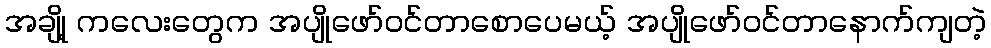
အချို့ ကလေးတွေက အပျိုဖော်ဝင်တာစောပေမယ့် အပျိုဖော်ဝင်တာနောက်ကျတဲ့